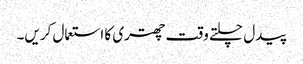
پیدل چلتے وقت چھتری کا استعمال کریں۔